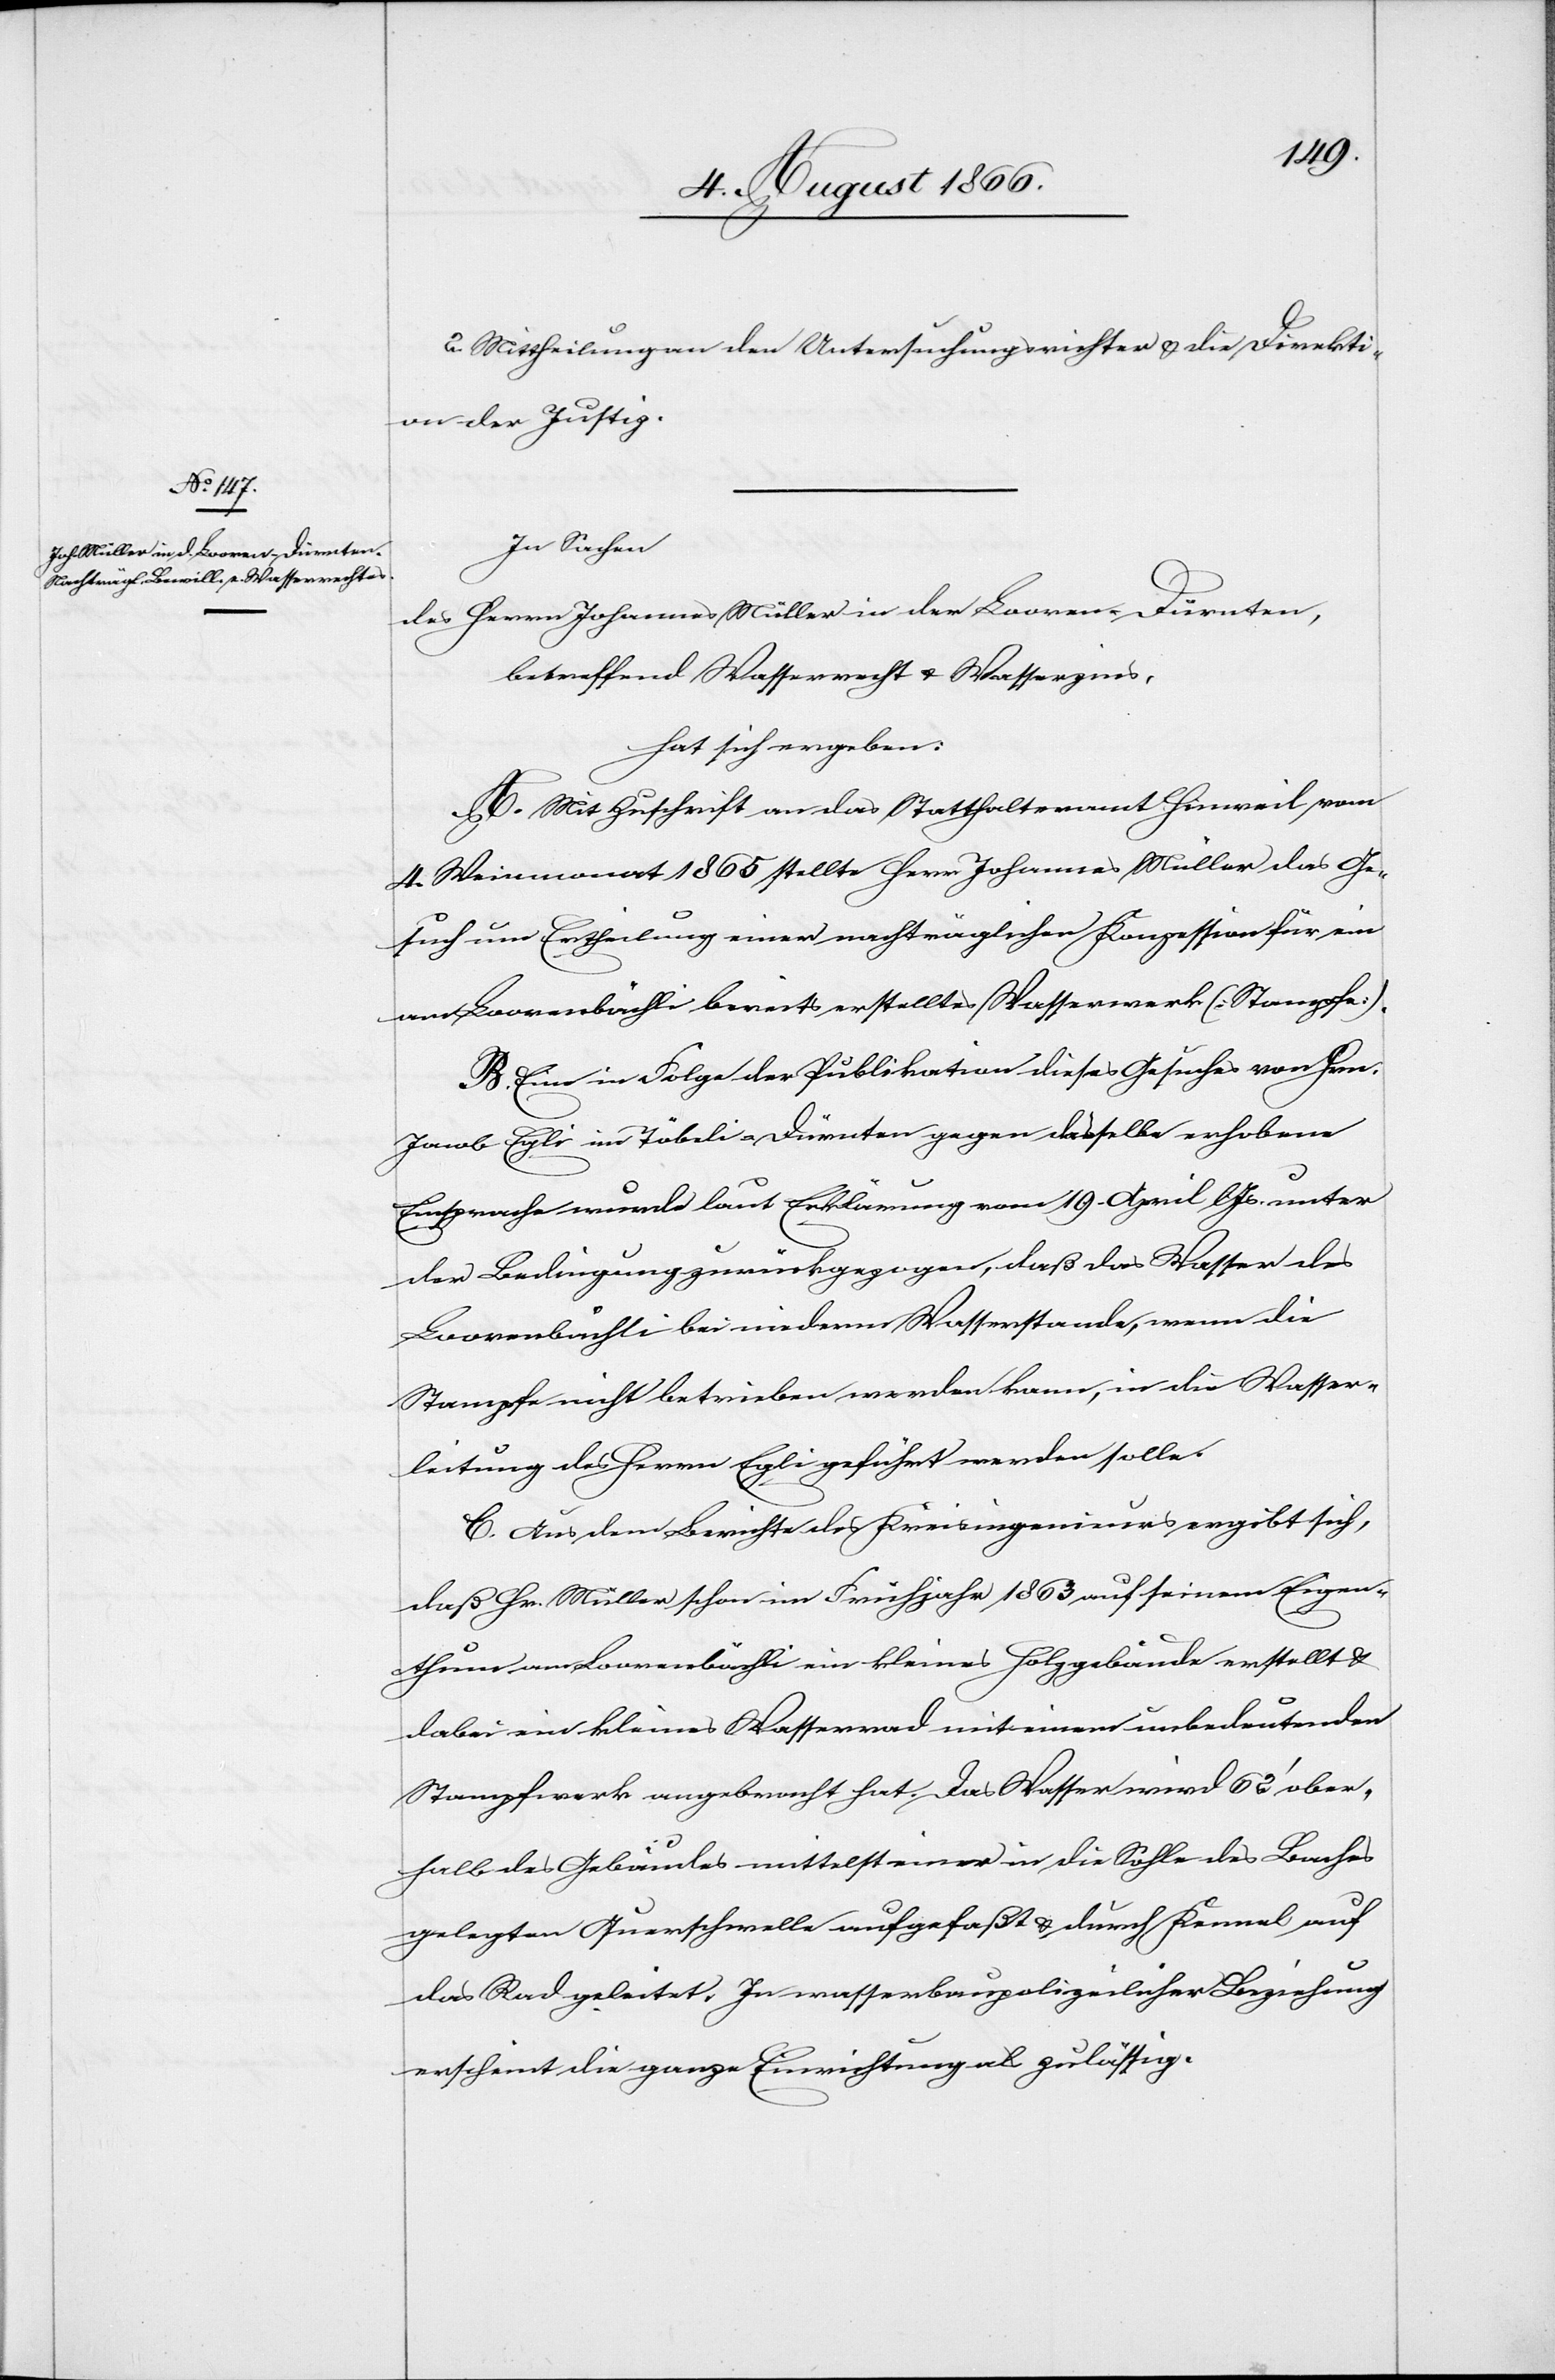
2. Mittheilung an den Untersuchungsrichter u. die Direkti¬
on der Justiz.
In Sachen
des Herrn Johannes Müller in der Looren-Dürnten,
betreffend Wasserrecht u. Wasserzins,
hat sich ergeben:
A. Mit Zuschrift an das Statthalteramt Hinweil vom
4. Weinmonat 1865 stellte Herr Johannes Müller das Ge¬
such um Ertheilung einer nachträglichen Konzession für ein
am Loorensbächli bereits erstelltes Wasserwerk [Stampfe].
B. Eine in Folge der Publikation dieses Gesuches von Hrn.
Jacob Egli im Töbeli-Dürnten gegen dasselbe erhobene
Einsprache wurde laut Erklärung vom 19. April lJs. unter
der Bedingung zurückgezogen, daß das Wasser des
Loorenbächli bei niederm Wasserstande, wenn die
Stampfe nicht betrieben werden kann, in die Wasser¬
leitung des Herrn Egli geführt werden solle.
C. Aus dem Berichte des Kreisingenieurs ergibt sich,
daß Hr. Müller schon im Frühjahr 1863 auf seinem Eigen¬
thum am Loorenbächli ein kleines Holzgebäude erstellt u.
dabei ein kleines Wasserrad mit einem unbedeutenden
Stampfwerk angebracht hat. Das Wasser wird 62‘ ober¬
halb des Gebäudes mittelst einer in die Sohle des Baches
gelegten Querschwelle aufgefaßt u. durch Kanal auf
das Rad geleitet. In wasserbaupolizeilicher Beziehung
erscheint die ganze Einrichtung als zulässig.